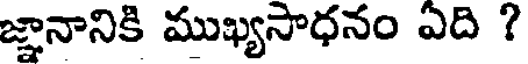
జ్ఞానానికి ముఖ్యసాధనం ఎది ?